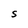
Character: S